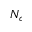
N _ { c }